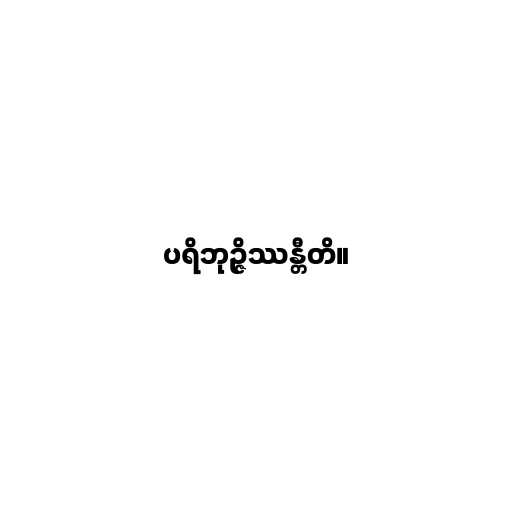
ပရိဘုဉ္ဇိဿန္တီတိ။